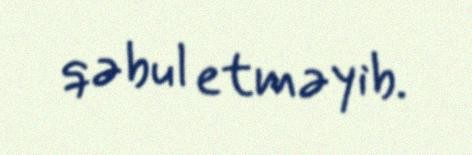
qəbul etməyib.